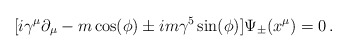
\begin{align*}[ i\gamma^\mu \partial_\mu -m\cos (\phi) \pm im\gamma^5 \sin (\phi) ] \Psi_\pm (x^\mu) =0\,.\end{align*}